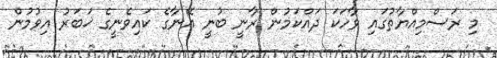
މި ރަސްމިއްޔާތުގައި ވާހަކަ ދައްކަމުން ރާނީ ބުނީ އޭނާގެ ކައިވެނީގެ ޚަބަރު އިވުމުން